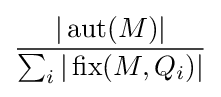
{\frac {|\operatorname {aut} (M)|}{\sum _{i}|\operatorname {fix} (M,Q_{i})|}}